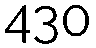
430